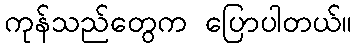
ကုန်သည်တွေက ပြောပါတယ်။